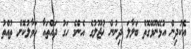
އެކުދިން އުޅޭނޫޅޭގޮތް ބަލާލަ ދިނުން ޚުޖޫލުގެ އެންމެ ހަގު ދައްތައާ ހަވާލުކޮށް ތުއްތު